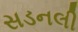
સડનલી